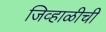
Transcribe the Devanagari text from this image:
जिव्हाळीची